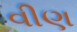
વીણ